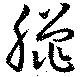
臈